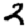
Digit: 2